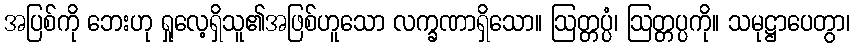
အပြစ်ကို ဘေးဟု ရှုလေ့ရှိသူ၏အဖြစ်ဟူသော လက္ခဏာရှိသော။ ဩတ္တပ္ပံ၊ ဩတ္တပ္ပကို။ သမုဋ္ဌာပေတွာ၊